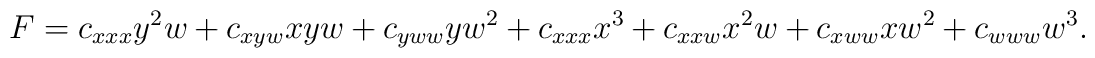
F=c_{xxx} y^2w + c_{xyw} xyw + c_{yww} yw^2 + c_{xxx} x^3 + c_{xxw}x^2 w+ c_{xww} xw^2 + c_{www}w^3.